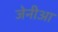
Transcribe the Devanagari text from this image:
जेनीआ